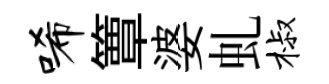
唏簟婆虬椒